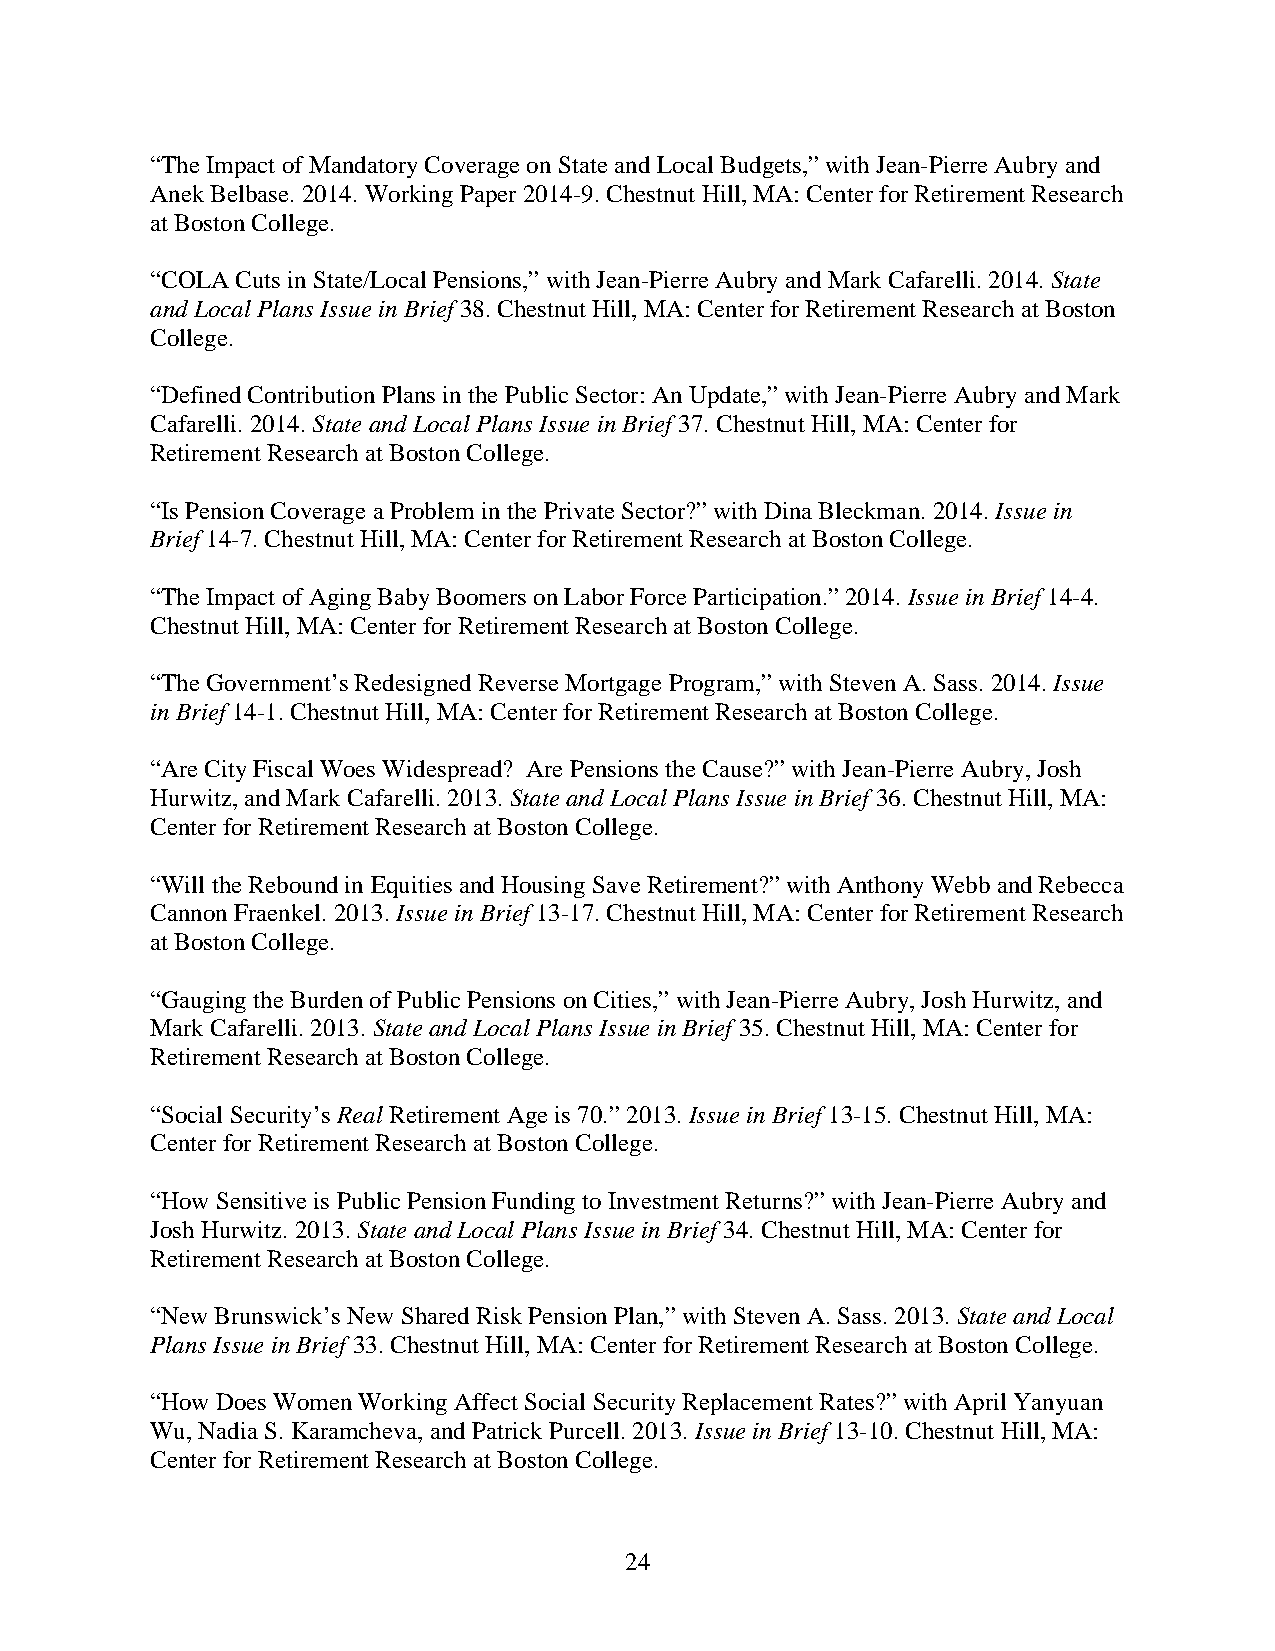
“The Impact of Mandatory Coverage on State and Local Budgets,” with Jean-Pierre Aubry and
 Anek Belbase. 2014. Working Paper 2014-9. Chestnut Hill, MA: Center for Retirement Research
 at Boston College.
 “COLA Cuts in State/Local Pensions,” with Jean-Pierre Aubry and Mark Cafarelli. 2014. State
 and Local Plans Issue in Brief 38. Chestnut Hill, MA: Center for Retirement Research at Boston
 College.
 “Defined Contribution Plans in the Public Sector: An Update,” with Jean-Pierre Aubry and Mark
 Cafarelli. 2014. State and Local Plans Issue in Brief 37. Chestnut Hill, MA: Center for
 Retirement Research at Boston College.
 “Is Pension Coverage a Problem in the Private Sector?” with Dina Bleckman. 2014. Issue in
 Brief 14-7. Chestnut Hill, MA: Center for Retirement Research at Boston College.
 “The Impact of Aging Baby Boomers on Labor Force Participation.” 2014. Issue in Brief 14-4.
 Chestnut Hill, MA: Center for Retirement Research at Boston College.
 “The Government’s Redesigned Reverse Mortgage Program,” with Steven A. Sass. 2014. Issue
 in Brief 14-1. Chestnut Hill, MA: Center for Retirement Research at Boston College.
 “Are City Fiscal Woes Widespread? Are Pensions the Cause?” with Jean-Pierre Aubry, Josh
 Hurwitz, and Mark Cafarelli. 2013. State and Local Plans Issue in Brief 36. Chestnut Hill, MA:
 Center for Retirement Research at Boston College.
 “Will the Rebound in Equities and Housing Save Retirement?” with Anthony Webb and Rebecca
 Cannon Fraenkel. 2013. Issue in Brief 13-17. Chestnut Hill, MA: Center for Retirement Research
 at Boston College.
 “Gauging the Burden of Public Pensions on Cities,” with Jean-Pierre Aubry, Josh Hurwitz, and
 Mark Cafarelli. 2013. State and Local Plans Issue in Brief 35. Chestnut Hill, MA: Center for
 Retirement Research at Boston College.
 “Social Security’s Real Retirement Age is 70.” 2013. Issue in Brief 13-15. Chestnut Hill, MA:
 Center for Retirement Research at Boston College.
 “How Sensitive is Public Pension Funding to Investment Returns?” with Jean-Pierre Aubry and
 Josh Hurwitz. 2013. State and Local Plans Issue in Brief 34. Chestnut Hill, MA: Center for
 Retirement Research at Boston College.
 “New Brunswick’s New Shared Risk Pension Plan,” with Steven A. Sass. 2013. State and Local
 Plans Issue in Brief 33. Chestnut Hill, MA: Center for Retirement Research at Boston College.
 “How Does Women Working Affect Social Security Replacement Rates?” with April Yanyuan
 Wu, Nadia S. Karamcheva, and Patrick Purcell. 2013. Issue in Brief 13-10. Chestnut Hill, MA:
 Center for Retirement Research at Boston College.
 24